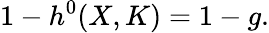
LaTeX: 1-h^{0}(X,K)=1-g.